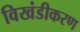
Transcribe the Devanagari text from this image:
विखंडीकरण